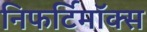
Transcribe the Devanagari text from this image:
निफर्टिमॉक्स